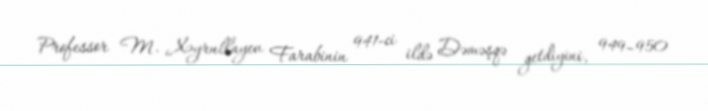
Professor M. Xəyrullayev Farabinin 941-ci ildə Dəməşqə getdiyini, 949–950